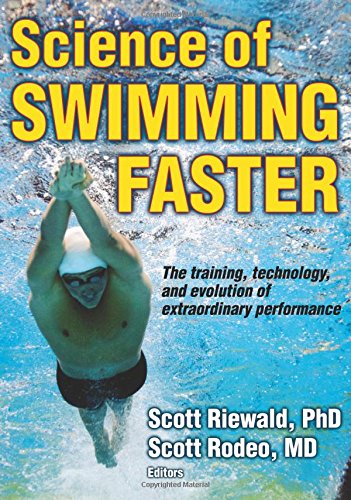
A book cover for Science of Swimming Faster; Scott Riewald; Sports & Outdoors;